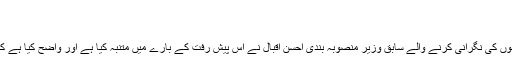
ستمبر 24, 2018	1,637 Views
(سید مجاہد علی )
مسلم لیگ (ن) کی حکومت کے دوران سی پیک منصوبوں کی نگرانی کرنے والے سابق وزیر منصوبہ بندی احسن اقبال نے اس پیش رفت کے بارے میں متنبہ کیا ہے اور واضح کیا ہے کہ چین سے مشاورت کے بغیر یہ اقدام نہیں کیا جاسکتا۔